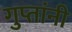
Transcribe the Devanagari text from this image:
गुप्तांनी